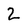
Character: 2